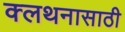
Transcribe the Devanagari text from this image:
क्लथनासाठी